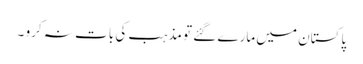
پاکستان میں مارے گئے تو مذہب کی بات نہ کرو ۔